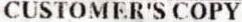
CUSTOMER'S COPY